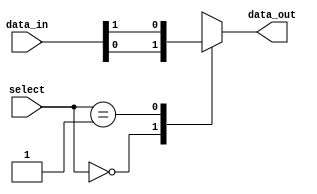
module mux_512x1(
    input [511:0] data_in,
    input [8:0] select,
    output reg data_out
);

always @(*)
begin
    case(select)
        9'b000000000: data_out = data_in[0];
        9'b000000001: data_out = data_in[1];
        //continue for all 512 input channels
        default: data_out = 1'bx;
    endcase
end

endmodule